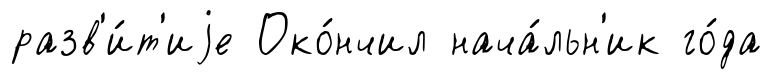
разв'и́т'иjе Око́нчил нача́льн'ик го́да